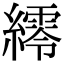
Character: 䌢